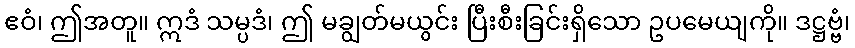
ဧဝံ၊ ဤအတူ။ ဣဒံ သမ္ပဒံ၊ ဤ မချွတ်မယွင်း ပြီးစီးခြင်းရှိသော ဥပမေယျကို။ ဒဋ္ဌဗ္ဗံ၊